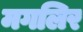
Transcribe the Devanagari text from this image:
मगलिर